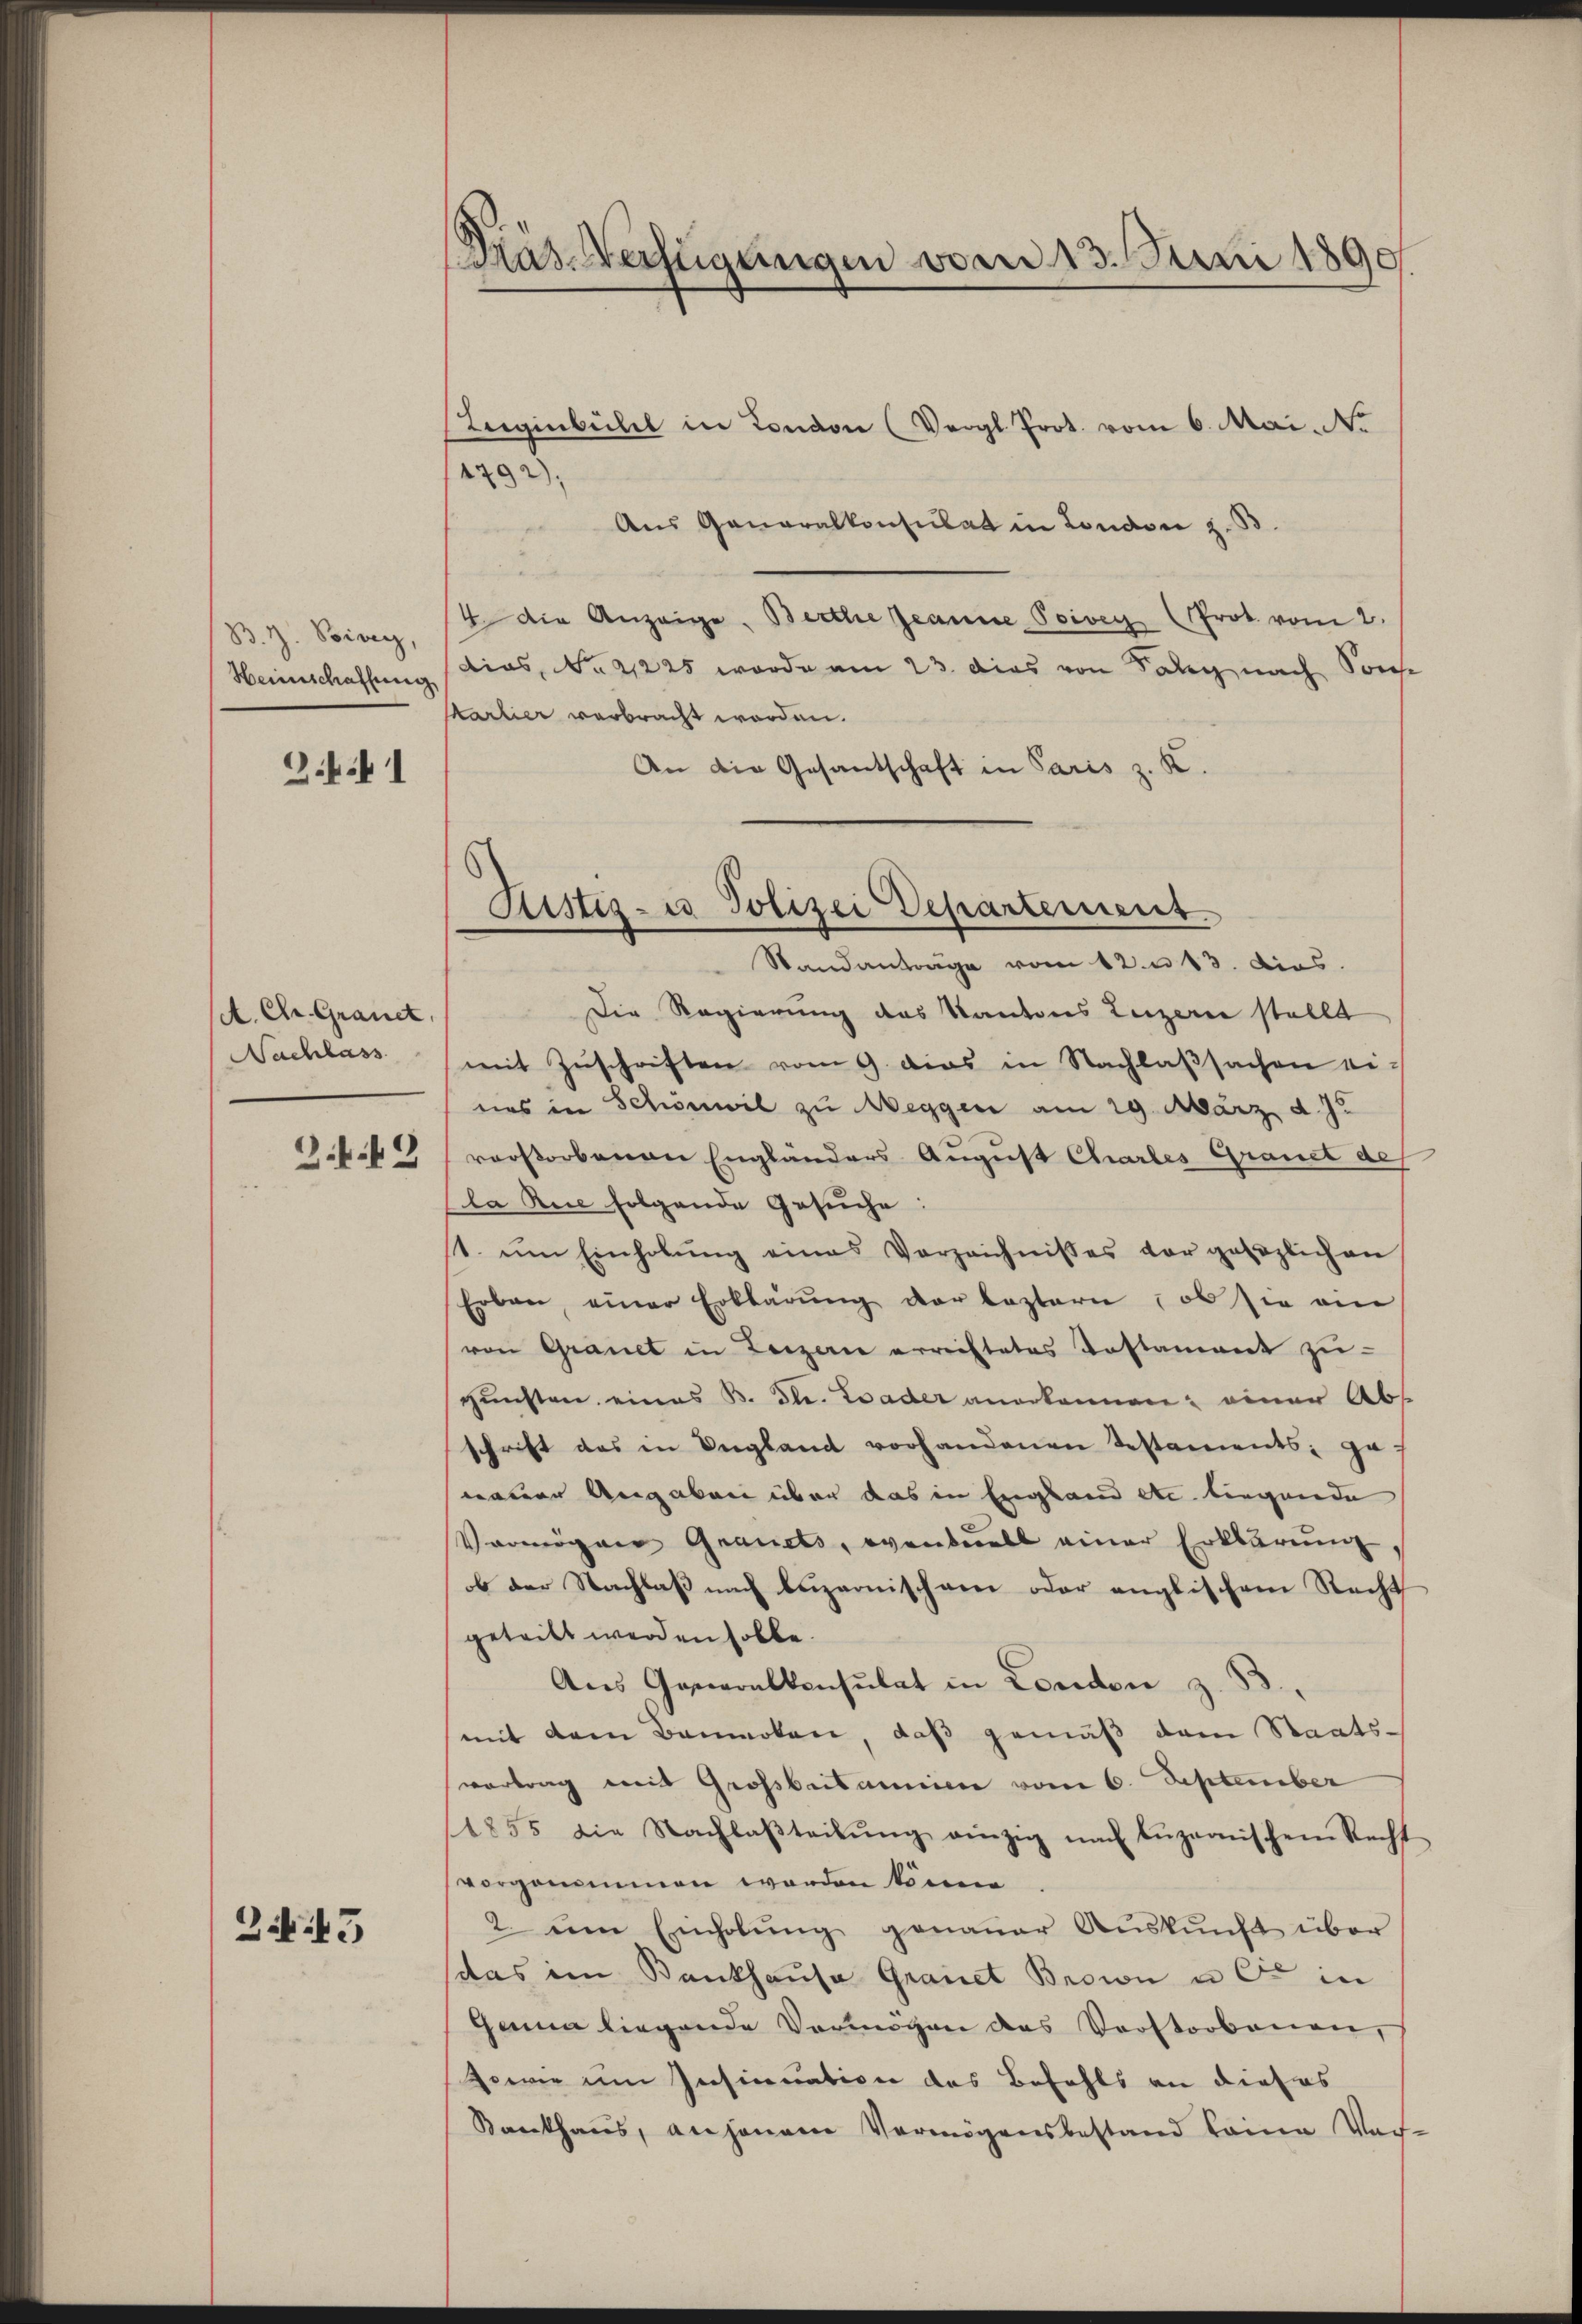
B. H. Boivin,
Heimschaffung

Z.1

A. Chr. Grauet,
Nachlass

3. 43

29

Dräs-Verfügungen vom 13. Juni 1890

Teiginbühel in London (Vergl. Prot. vom 6. Mai. No
4792);
Aus Generalkonsulat in London z. B.
4 die Anzeige, Berthe Jeanne Poiven (Prot vom 2.
dias, No. 41225 wurde am 23. dies von Tag nach Son
karlier verbracht worden.
An die Gesantschaft in Paris z. K.

Ristig- u Polizei Departement
Standantrage vom 12. u 13. Dies

Die Regierung des Kantons Luzerne stellt
mit Zŭschriften vom 9. dies in Nachlaβsachen eines in Schönwil zu Wegger am 29. März d. J.
rerstorbenen Engländers August Charles Grauet des
la Rue folgende Gesuche:
1. ŭm Einholŭng eines Verzeichnisses vor gesezlichen
Erben, einer Erklärŭng der leztern, ob sie ein
von Grauet in Luzern erreistetes Testament zŭ-
gŭnsten eines B. dle. Bader anerkennen; einer Abs
schrift das in England vorhandenen Testaments; ga-
worene Angaben über das in England etc. liegende
Vermögen Grauets, eventuell einer Erklärung,
b der Nachlaß nach beizernischann oder englischem Recht
getritt werden solle.
Aus Generalkonsulat in London z. B
mit dem Baumwoten, daß gemäß dem Staats-
vortrag mit Großbritanien vom 6. September
1855 die Nachlaβteilŭng einzig nach Lŭzernischem Recht
vorgenommen worden könne
2 um Einholŭng genauer Aŭskŭnft über
das im Bankhause Grauet Brown u Er in
Ganna liegende Vermögen das Vorstorbenen,
sowie im Insinuation des Befehls an dieses
Kankhaus, an jenem Vermögensbestand keine Vor-